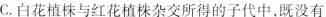
C.白花植株与红花植株杂交所得的子代中，既没有